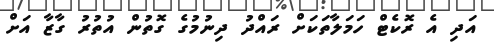
އަދި އެ ރޮކެޓް ހަމަލާތަކަށް ރައްދު ދިނުމުގެ ގޮތުން އުތުރު ގާޒާ އަށް